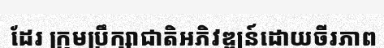
ដែរ ក្រុមប្រឹក្សាជាតិអភិវឌ្ឍន៍ដោយចីរភាព